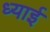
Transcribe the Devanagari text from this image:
ध्याई